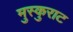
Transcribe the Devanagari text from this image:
मुस्कुराट